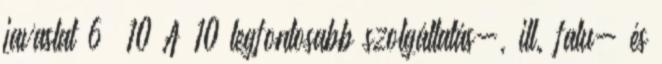
javaslat 6 10 A 10 legfontosabb szolgáltatás-, ill. falu- és